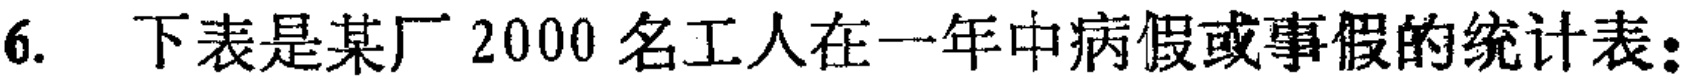
6. 下表是某厂 2000 名工人在一年中病假或事假的统计表：